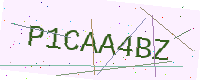
Text: P1CAA4BZ